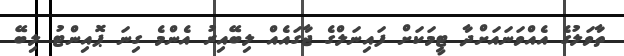
ތާވަލުގެ އެއްވަނައަށްދާ ޓީމަކަށް ފައިނަލްގެ ޖާގައެއް ލިބޭއިރު އެންމެ ގިނަ ޕޮއިންޓު ލިބޭ